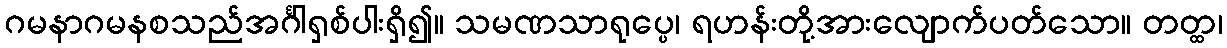
ဂမနာဂမနစသည်အင်္ဂါရှစ်ပါးရှိ၍။ သမဏသာရုပ္ပေ၊ ရဟန်းတို့အားလျောက်ပတ်သော။ တတ္ထ၊